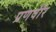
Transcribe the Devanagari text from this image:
प्रणवीर